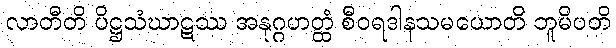
လာတီတိ ပိဋ္ဌသံဃာဋဿ အနုဂ္ဂဟတ္ထံ စီဝရဒါနသမယောတိ ဘူမိပတိ